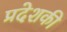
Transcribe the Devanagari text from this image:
प्रदेशकी